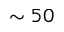
\sim 5 0